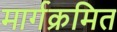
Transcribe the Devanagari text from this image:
मार्गक्रमित